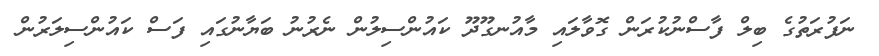
ނަފުރަތުގެ ބިލް ފާސްނުކުރަން ގޮވާލައި މާއުނގޫދޫ ކައުންސިލުން ނެރުނު ބަޔާނުގައި ފަސް ކައުންސިލަރުން